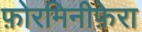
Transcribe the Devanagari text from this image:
फ़ोरमिनीफ़ेरा